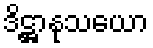
ဒိဋ္ဌာနုသယော